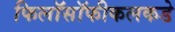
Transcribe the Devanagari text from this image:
फिलॉसॉफीकलकडे